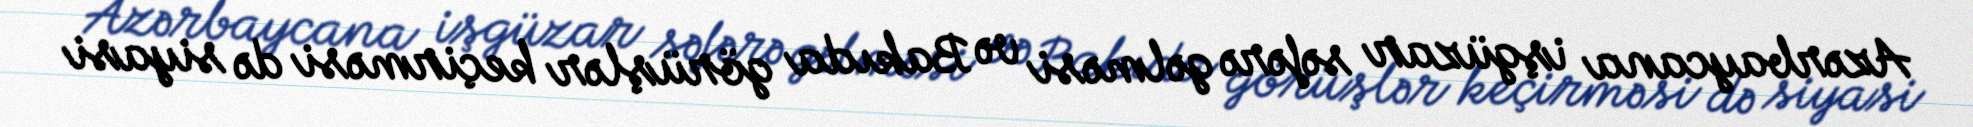
Azərbaycana işgüzar səfərə gəlməsi və Bakıda görüşlər keçirməsi də siyasi